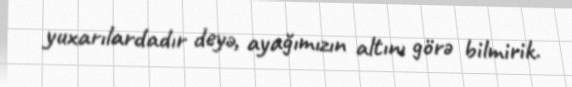
yuxarılardadır deyə, ayağımızın altını görə bilmirik.